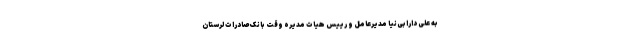
به علی دارابی‌نیا مدیرعامل و رییس هیات مدیره وقت بانک صادرات لرستان